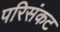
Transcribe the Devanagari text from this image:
परिसंकट